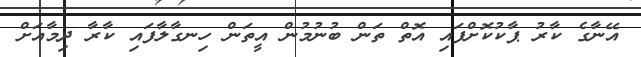
އޭނާގެ ކާރު ޕާކުކޮށްފައި އޮތް ތަން ބުނުމުން އީތަން ހިނގާލާފައި ކާރާ ދިމާއަށް